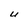
Character: U